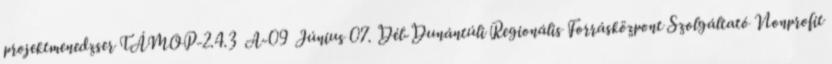
projektmenedzser TÁMOP-2.4.3 A-09 Június 07. Dél-Dunántúli Regionális Forrásközpont Szolgáltató Nonprofit